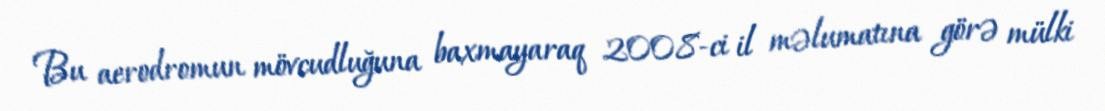
Bu aerodromun mövcudluğuna baxmayaraq 2008-ci il məlumatına görə mülki